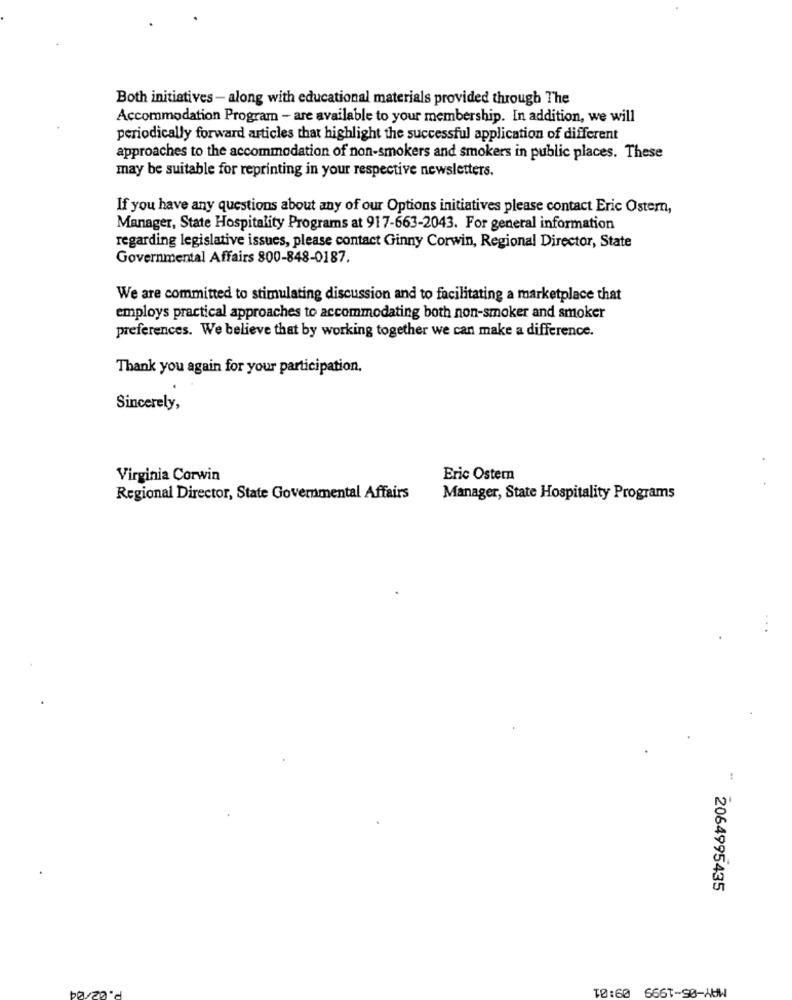
Both initiatives - along with educational materials provided through The
Accommodation Program - are available to your membership. In addition, we will
periodically forward articles that highlight the successful application of different
approaches to the accommodation of non-smokers and smokers in public places. These
may be suitable for reprinting in your respective newsletters.
If you have any questions about any of our Options initiatives please contact Eric Ostern,
Manager, State Hospitality Programs at 917-663-2043. For general information
regarding legislative issues, please contact Ginny Corwin, Regional Director, State
Governmental Affairs 800-848-0187.
We are committed to stimulating discussion and to facilitating a marketplace that
employs practical approaches to accommodating both non-smoker and smoker
preferences. We believe that by working together we can make a difference.
Thank you again for your participation.
Sincerely,
Virginia Corwin
Eric Ostern
Regional Director, State Governmental Affairs
Manager, State Hospitality Programs
...
2064995435
TO:60 666T-90-AUW